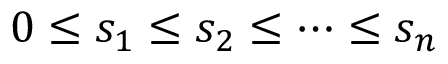
0 \leq s _ { 1 } \leq s _ { 2 } \leq \cdots \leq s _ { n }